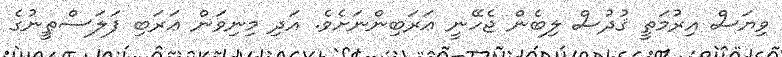
ވިޔަސް އިރުމަތީ ޤުދުސް ލިބެން ޖެހޭނީ ޢަރަބިންނަށެވެ. އަދި މިނިވަން ޢަރަބި ފަލަސްޠީނުގެ